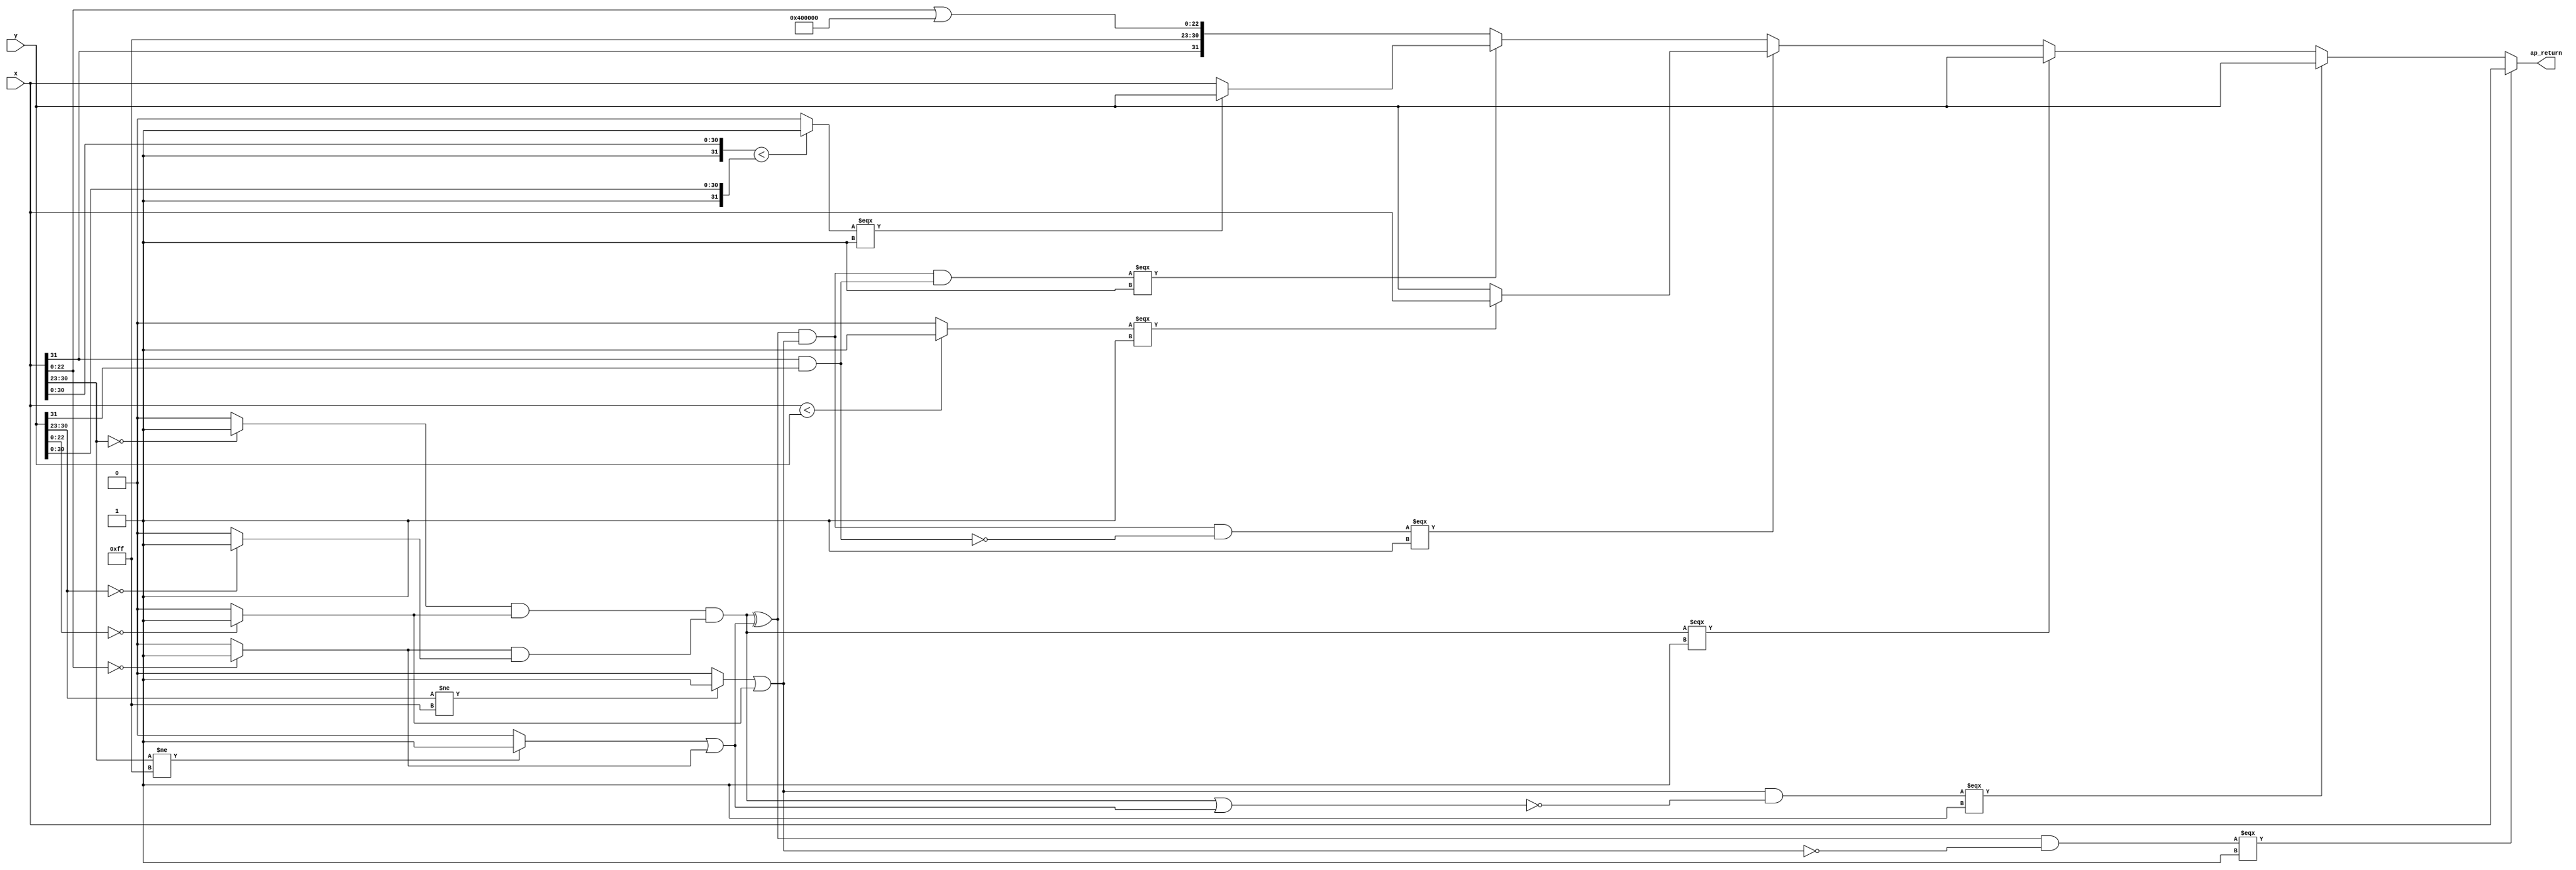
module fminf (
        x,
        y,
        ap_return
);

parameter    ap_const_lv32_1F = 32'b11111;
parameter    ap_const_lv32_17 = 32'b10111;
parameter    ap_const_lv32_1E = 32'b11110;
parameter    ap_const_lv8_0 = 8'b00000000;
parameter    ap_const_lv23_0 = 23'b00000000000000000000000;
parameter    ap_const_lv8_FF = 8'b11111111;
parameter    ap_const_lv23_400000 = 23'b10000000000000000000000;

input  [31:0] x;
input  [31:0] y;
output  [31:0] ap_return;

wire   [31:0] t_V_20_fu_42_p1;
wire   [31:0] t_V_21_fu_68_p1;
wire   [7:0] loc_V_fu_54_p4;
wire   [22:0] loc_V_1_fu_64_p1;
wire   [7:0] loc_V_2_fu_80_p4;
wire   [22:0] loc_V_3_fu_90_p1;
wire   [0:0] tmp_47_fu_100_p2;
wire   [0:0] tmp_48_fu_106_p2;
wire   [0:0] tmp_s_fu_94_p2;
wire   [0:0] tmp_49_fu_112_p2;
wire   [0:0] tmp23_fu_124_p2;
wire   [0:0] tmp22_fu_118_p2;
wire   [0:0] tmp_50_fu_136_p2;
wire   [0:0] tmp_51_fu_148_p2;
wire   [0:0] p_Result_s_fu_46_p3;
wire   [0:0] p_Result_29_fu_72_p3;
wire   [22:0] x_fp_sig_V_fu_166_p2;
wire   [31:0] p_Result_33_fu_172_p4;
wire   [30:0] tmp_fu_186_p1;
wire   [30:0] tmp_248_fu_198_p1;
wire   [31:0] p_Result_34_fu_190_p3;
wire   [31:0] p_Result_35_fu_202_p3;
wire   [0:0] tmp_52_fu_210_p2;
wire   [0:0] tmp_54_fu_224_p2;
wire   [0:0] or_cond2_fu_130_p2;
wire   [0:0] or_cond3_fu_142_p2;
wire   [0:0] sel_tmp1_fu_238_p2;
wire   [0:0] or_cond4_fu_154_p2;
wire   [0:0] sel_tmp2_fu_244_p2;
wire   [0:0] brmerge_demorgan_fu_160_p2;
wire   [0:0] sel_tmp3_fu_250_p2;
wire   [31:0] tmp_53_fu_216_p3;
wire   [31:0] res_fu_182_p1;
wire   [0:0] sel_tmp8_fu_264_p2;
wire   [0:0] sel_tmp9_fu_270_p2;
wire   [31:0] tmp_55_fu_230_p3;
wire   [31:0] sel_tmp4_fu_256_p3;
wire   [31:0] sel_tmp_fu_276_p3;
wire   [0:0] sel_tmp14_demorgan_fu_292_p2;
wire   [0:0] sel_tmp6_fu_298_p2;
wire   [0:0] sel_tmp7_fu_304_p2;
wire   [31:0] sel_tmp5_fu_284_p3;
wire   [0:0] sel_tmp11_fu_318_p2;
wire   [0:0] sel_tmp12_fu_324_p2;
wire   [31:0] sel_tmp10_fu_310_p3;

assign ap_return = ((sel_tmp12_fu_324_p2[0:0] === 1'b1) ? x : sel_tmp10_fu_310_p3);

assign brmerge_demorgan_fu_160_p2 = (p_Result_s_fu_46_p3 & p_Result_29_fu_72_p3);

assign loc_V_1_fu_64_p1 = t_V_20_fu_42_p1[22:0];

assign loc_V_2_fu_80_p4 = {{t_V_21_fu_68_p1[ap_const_lv32_1E : ap_const_lv32_17]}};

assign loc_V_3_fu_90_p1 = t_V_21_fu_68_p1[22:0];

assign loc_V_fu_54_p4 = {{t_V_20_fu_42_p1[ap_const_lv32_1E : ap_const_lv32_17]}};

assign or_cond2_fu_130_p2 = (tmp23_fu_124_p2 & tmp22_fu_118_p2);

assign or_cond3_fu_142_p2 = (tmp_50_fu_136_p2 | tmp_47_fu_100_p2);

assign or_cond4_fu_154_p2 = (tmp_51_fu_148_p2 | tmp_49_fu_112_p2);

assign p_Result_29_fu_72_p3 = t_V_21_fu_68_p1[ap_const_lv32_1F];

assign p_Result_33_fu_172_p4 = {{{p_Result_s_fu_46_p3}, {ap_const_lv8_FF}}, {x_fp_sig_V_fu_166_p2}};

assign p_Result_34_fu_190_p3 = {{1'b1}, {tmp_fu_186_p1}};

assign p_Result_35_fu_202_p3 = {{1'b1}, {tmp_248_fu_198_p1}};

assign p_Result_s_fu_46_p3 = t_V_20_fu_42_p1[ap_const_lv32_1F];

assign res_fu_182_p1 = p_Result_33_fu_172_p4;

assign sel_tmp10_fu_310_p3 = ((sel_tmp7_fu_304_p2[0:0] === 1'b1) ? y : sel_tmp5_fu_284_p3);

assign sel_tmp11_fu_318_p2 = (or_cond4_fu_154_p2 ^ 1'b1);

assign sel_tmp12_fu_324_p2 = (sel_tmp1_fu_238_p2 & sel_tmp11_fu_318_p2);

assign sel_tmp14_demorgan_fu_292_p2 = (or_cond2_fu_130_p2 | or_cond3_fu_142_p2);

assign sel_tmp1_fu_238_p2 = (or_cond2_fu_130_p2 ^ or_cond3_fu_142_p2);

assign sel_tmp2_fu_244_p2 = (sel_tmp1_fu_238_p2 & or_cond4_fu_154_p2);

assign sel_tmp3_fu_250_p2 = (sel_tmp2_fu_244_p2 & brmerge_demorgan_fu_160_p2);

assign sel_tmp4_fu_256_p3 = ((sel_tmp3_fu_250_p2[0:0] === 1'b1) ? tmp_53_fu_216_p3 : res_fu_182_p1);

assign sel_tmp5_fu_284_p3 = ((or_cond2_fu_130_p2[0:0] === 1'b1) ? y : sel_tmp_fu_276_p3);

assign sel_tmp6_fu_298_p2 = (sel_tmp14_demorgan_fu_292_p2 ^ 1'b1);

assign sel_tmp7_fu_304_p2 = (or_cond4_fu_154_p2 & sel_tmp6_fu_298_p2);

assign sel_tmp8_fu_264_p2 = (brmerge_demorgan_fu_160_p2 ^ 1'b1);

assign sel_tmp9_fu_270_p2 = (sel_tmp2_fu_244_p2 & sel_tmp8_fu_264_p2);

assign sel_tmp_fu_276_p3 = ((sel_tmp9_fu_270_p2[0:0] === 1'b1) ? tmp_55_fu_230_p3 : sel_tmp4_fu_256_p3);

assign t_V_20_fu_42_p1 = x;

assign t_V_21_fu_68_p1 = y;

assign tmp22_fu_118_p2 = (tmp_47_fu_100_p2 & tmp_48_fu_106_p2);

assign tmp23_fu_124_p2 = (tmp_s_fu_94_p2 & tmp_49_fu_112_p2);

assign tmp_248_fu_198_p1 = t_V_21_fu_68_p1[30:0];

assign tmp_47_fu_100_p2 = ((loc_V_1_fu_64_p1 == ap_const_lv23_0) ? 1'b1 : 1'b0);

assign tmp_48_fu_106_p2 = ((loc_V_2_fu_80_p4 == ap_const_lv8_0) ? 1'b1 : 1'b0);

assign tmp_49_fu_112_p2 = ((loc_V_3_fu_90_p1 == ap_const_lv23_0) ? 1'b1 : 1'b0);

assign tmp_50_fu_136_p2 = ((loc_V_fu_54_p4 != ap_const_lv8_FF) ? 1'b1 : 1'b0);

assign tmp_51_fu_148_p2 = ((loc_V_2_fu_80_p4 != ap_const_lv8_FF) ? 1'b1 : 1'b0);

assign tmp_52_fu_210_p2 = (($signed(p_Result_34_fu_190_p3) < $signed(p_Result_35_fu_202_p3)) ? 1'b1 : 1'b0);

assign tmp_53_fu_216_p3 = ((tmp_52_fu_210_p2[0:0] === 1'b1) ? y : x);

assign tmp_54_fu_224_p2 = (($signed(t_V_20_fu_42_p1) < $signed(t_V_21_fu_68_p1)) ? 1'b1 : 1'b0);

assign tmp_55_fu_230_p3 = ((tmp_54_fu_224_p2[0:0] === 1'b1) ? x : y);

assign tmp_fu_186_p1 = t_V_20_fu_42_p1[30:0];

assign tmp_s_fu_94_p2 = ((loc_V_fu_54_p4 == ap_const_lv8_0) ? 1'b1 : 1'b0);

assign x_fp_sig_V_fu_166_p2 = (loc_V_1_fu_64_p1 | ap_const_lv23_400000);

endmodule